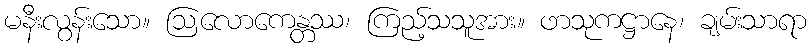
မနီးလွန်းသော။ ဩလောကေန္တဿ၊ ကြည့်သသူအား။ ဖာသုကဋ္ဌာနေ၊ ချမ်းသာရာ